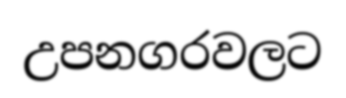
උපනගරවලට